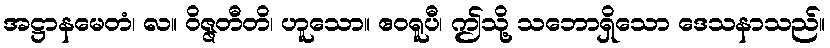
အဋ္ဌာနမေတံ၊ လ။ ဝိဇ္ဇတီတိ၊ ဟူသော။ ဧဝရူပီ၊ ဤသို့ သဘောရှိသော ဒေသနာသည်။